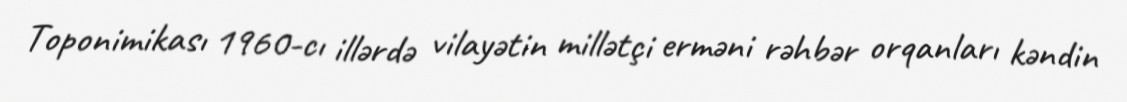
Toponimikası 1960-cı illərdə vilayətin millətçi erməni rəhbər orqanları kəndin